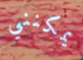
يمكنني